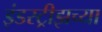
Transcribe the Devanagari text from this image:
इंडस्ट्रीझच्या